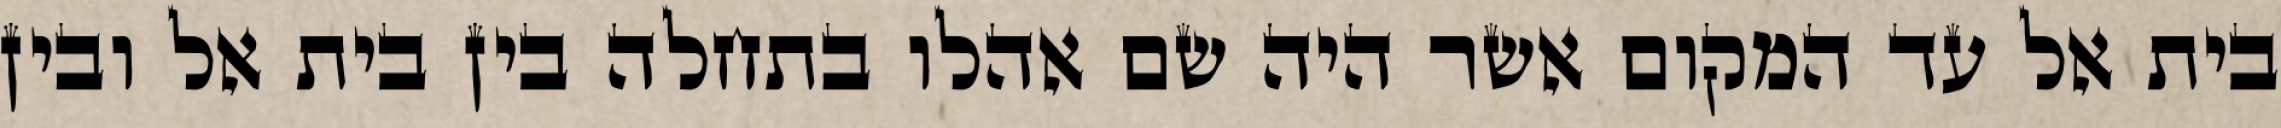
בית אל עד המקום אשר היה שם אהלו בתחלה בין בית אל ובין